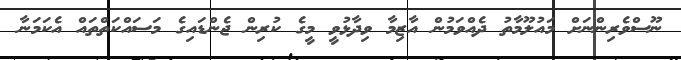
ނޫސްވެރިންނަށް މައުލޫމާތު ދެއްވަމުން އާޒިމާ ވިދާޅުވީ މީގެ ކުރިން ޖެންޑައިގެ މަސައްކަތްތައް އެކަމަނާ